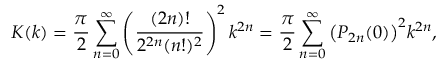
K ( k ) = { \frac { \pi } { 2 } } \sum _ { n = 0 } ^ { \infty } \left( { \frac { ( 2 n ) ! } { 2 ^ { 2 n } ( n ! ) ^ { 2 } } } \right) ^ { 2 } k ^ { 2 n } = { \frac { \pi } { 2 } } \sum _ { n = 0 } ^ { \infty } { \bigl ( } P _ { 2 n } ( 0 ) { \bigr ) } ^ { 2 } k ^ { 2 n } ,